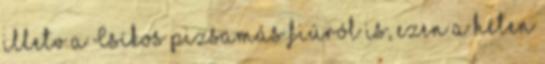
illetv a Csíkos pizsamás fiúról is, ezen a héten